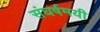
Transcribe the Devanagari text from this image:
संघर्षमयी